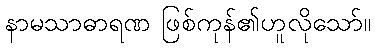
နာမသာဓာရဏ ဖြစ်ကုန်၏ဟူလိုသော်။